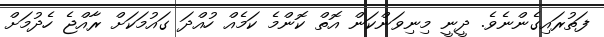
ފަތުރައިގެންނެވެ. ދީނީ މިނިވަންކަން އޮތް ކޮންމެ ކަމެއް ހުއްދަ ގައުމަކަށް ރާއްޖެ ހެދުމަށް